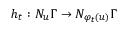
h _ { t } : N _ { u } \Gamma \to N _ { \varphi _ { t } ( u ) } \Gamma